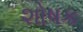
શોષક